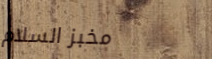
مخبز السلام